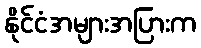
နိုင်ငံအများအပြားက